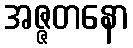
အဇ္ဇတနော